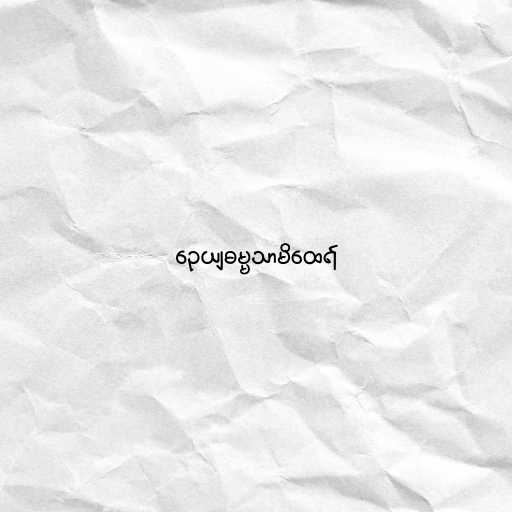
ဉေယျဓမ္မသာမိထေရ်